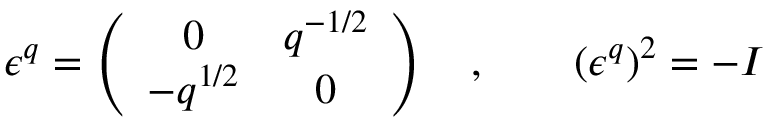
\epsilon ^ { q } = \left( \begin{array} { c c } { { 0 } } & { { q ^ { - 1 / 2 } } } \\ { { - q ^ { 1 / 2 } } } & { { 0 } } \end{array} \right) \quad , \qquad ( \epsilon ^ { q } ) ^ { 2 } = - I